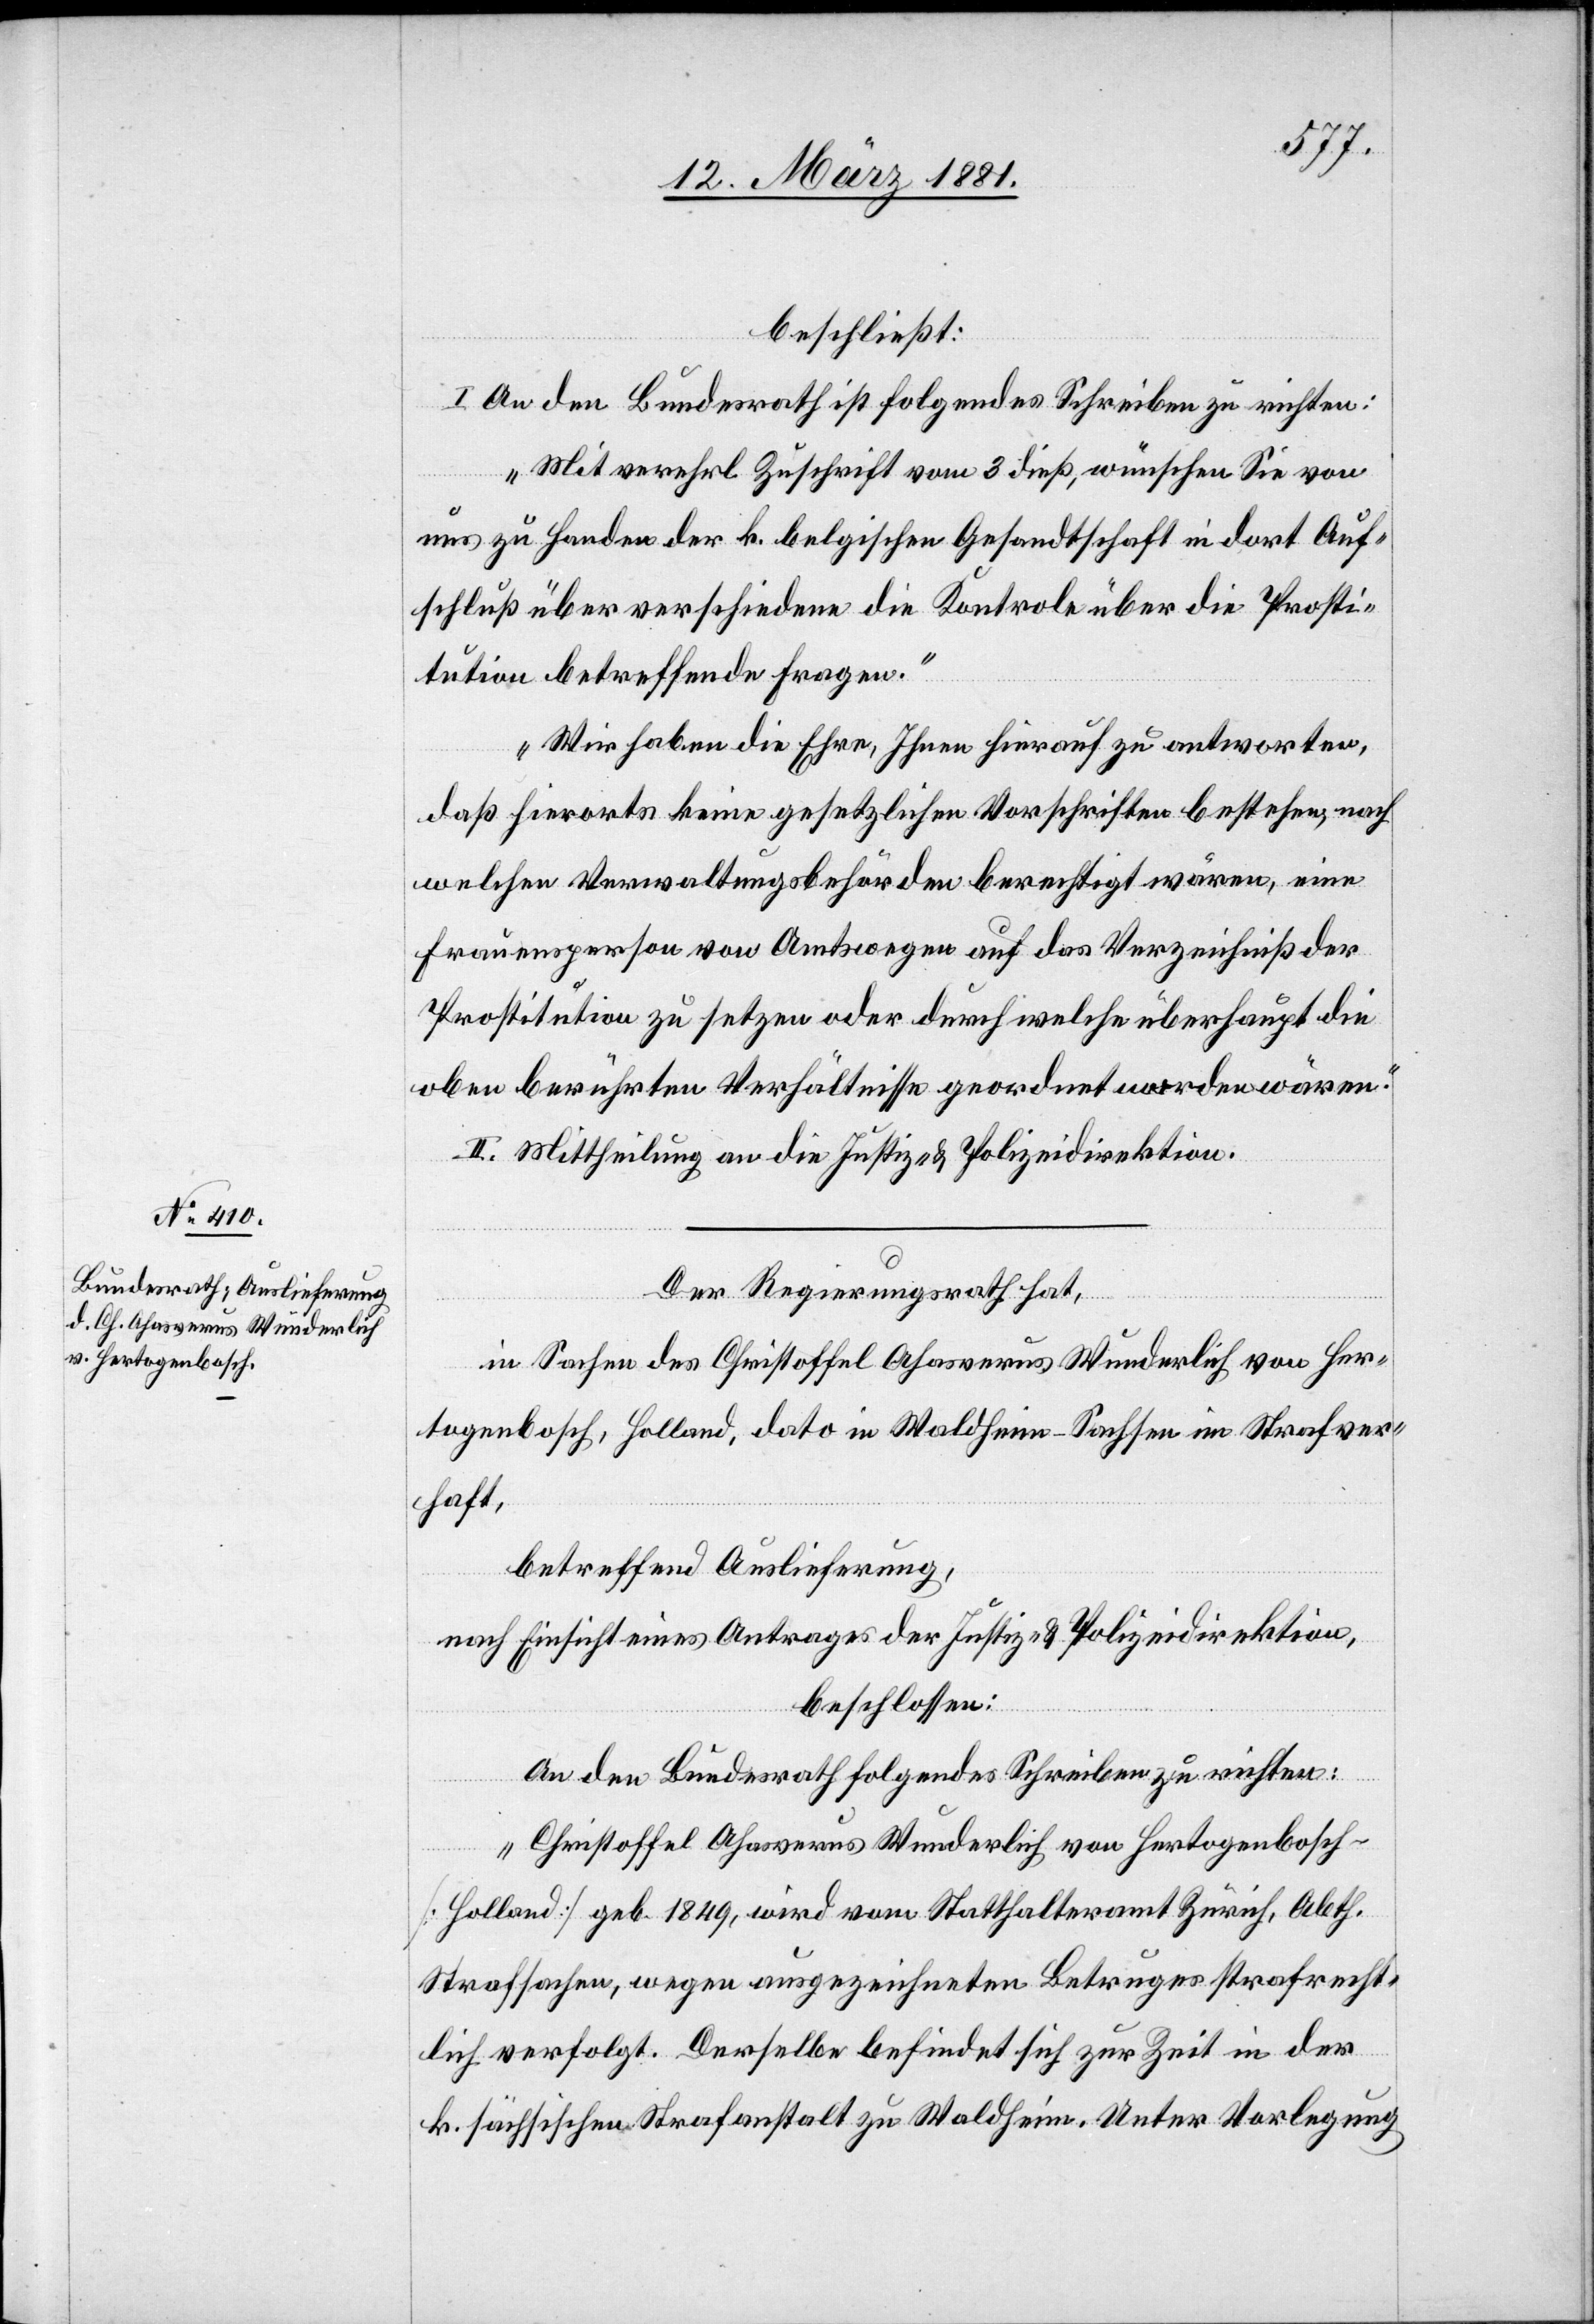
beschließt:
I. An den Bundesrath ist folgendes Schreiben zu richten:
„Mit verehrl. Zuschrift vom 3. dieß, wünschen Sie von
uns zu Handen der k. belgischen Gesandtschaft in dort Auf¬
schluß über verschiedene die Kontrole über die Prosti¬
tution betreffende Fragen.“
„Wir haben die Ehre, Ihnen hinauf zu antworten,
daß hierorts keine gesetzlichen Vorschriften bestehen, nach
welchen Verwaltungsbehörden berechtigt wären, eine
Frauensperson von Amtswegen auf das Verzeichniß der
Prostitution zu setzen oder durch welche überhaupt die
oben berührten Verhältnisse geordnet worden wären.“
II. Mittheilung an die Justiz- & Polizeidirektion.
Der Regierungsrath hat,
in Sachen des Christoffel Ahaverus Wunderlich von Her¬
togenbosch, Holland, dato in Waldheim - Sachsen in Strafver¬
haft,
betreffend Auslieferung,
nach Einsicht eines Antrages der Justiz- & Polizeidirektion,
beschlossen:
An den Bundesrath folgendes Schreiben zu richten:
„Christoffel Ahasverus Wunderlich von Hertogenbosch -
[Holland] geb. 1849, wird vom Statthalteramt Zürich, Abth.
Strafsachen, wegen ausgezeichneten Betruges strafrecht¬
lich verfolgt. Derselbe befindet sich zur Zeit in der
k. sächsischen Strafanstalt zu Waldheim. Unter Vorlegung